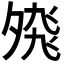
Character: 𭐸